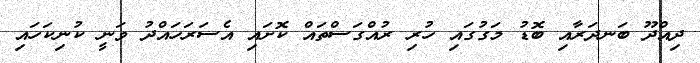
ދިއްދޫ ބަނދަރާއި ބޮޑު މަގުގައި ހުރި ރުއްގަސްތައް ކޮށައި އެސަރަހައްދު ވަނީ ކުނިކަހައި